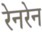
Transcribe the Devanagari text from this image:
रेनरेन